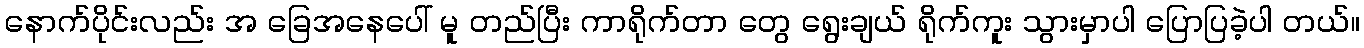
နောက်ပိုင်းလည်း အ ခြေအနေပေါ် မူ တည်ပြီး ကာရိုက်တာ တွေ ရွေးချယ် ရိုက်ကူး သွားမှာပါ ပြောပြခဲ့ပါ တယ်။